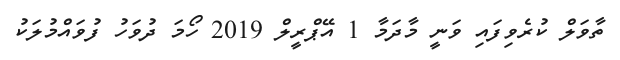
ތާވަލް ކުރެވިފައި ވަނީ މާދަމާ 1 އޭޕްރީލް 2019 ހޯމަ ދުވަހު ފުވައްމުލަކު